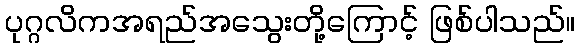
ပုဂ္ဂလိကအရည်အသွေးတို့ကြောင့် ဖြစ်ပါသည်။